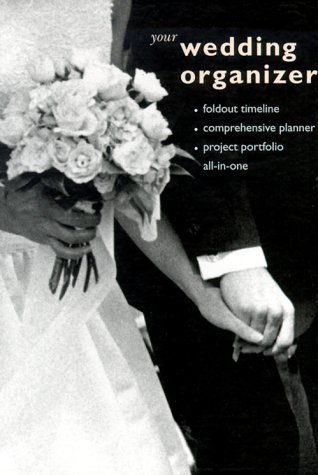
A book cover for Your Wedding Organizer; Lauren Floodgate; Crafts, Hobbies & Home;